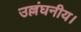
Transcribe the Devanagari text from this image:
उल्लंघनीय।